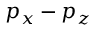
p _ { x } - p _ { z }